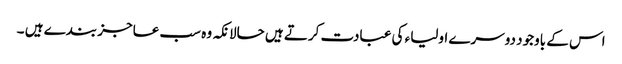
اس کے باوجود دوسرے اولیاء کی عبادت کرتے ہیں حالانکہ وہ سب عاجز بندے ہیں ۔